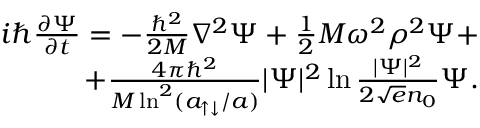
\begin{array} { r } { i \hbar \frac { \partial \Psi } { \partial t } = - \frac { \hbar ^ { 2 } } { 2 M } \nabla ^ { 2 } \Psi + \frac 1 2 M \omega ^ { 2 } \rho ^ { 2 } \Psi + } \\ { + \frac { 4 \pi \hbar ^ { 2 } } { M \ln ^ { 2 } ( a _ { \uparrow \downarrow } / a ) } | \Psi | ^ { 2 } \ln \frac { | \Psi | ^ { 2 } } { 2 { \sqrt e } n _ { 0 } } \Psi . } \end{array}